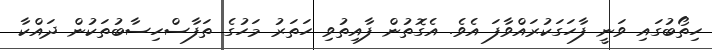
ހިތޯބުގައި ވަނީ ފާހަގަކުރައްވާފަ އެވެ. އެގޮތުން ފާއިތުވި ހަތަރު މަހުގެ ތަފާސްހިސާބުތަކުން ދައްކާ